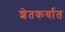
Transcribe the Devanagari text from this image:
शेतकर्यात